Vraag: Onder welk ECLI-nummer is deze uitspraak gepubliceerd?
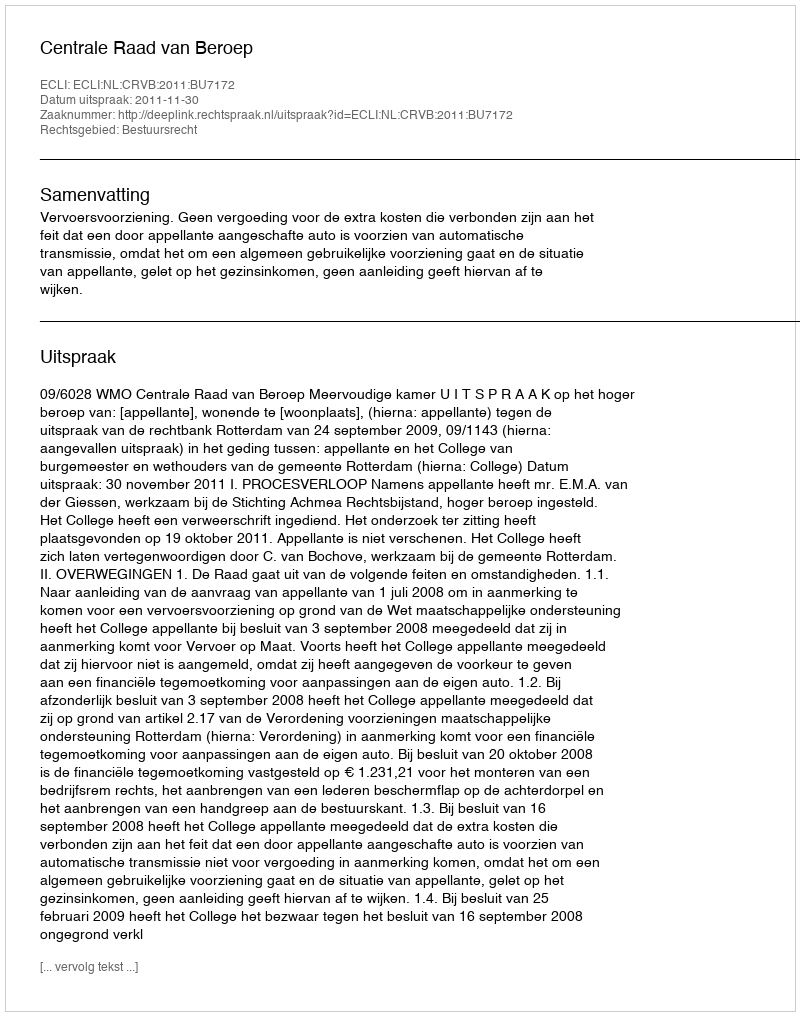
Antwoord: ECLI:NL:CRVB:2011:BU7172